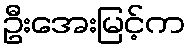
ဦးအေးမြင့်က